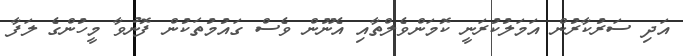
އަދި ސަރުކާރުން އަމަލުކުރަނީ ކޮމަންވެލްތާއި އެނޫން ވެސް ގައުމުތަކުން ފޮނުވާ މީހުންގެ ލަފާ